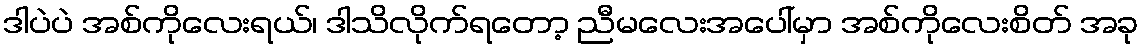
ဒါပဲပဲ အစ်ကိုလေးရယ်၊ ဒါသိလိုက်ရတော့ ညီမလေးအပေါ်မှာ အစ်ကိုလေးစိတ် အခု